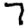
Digit: 7